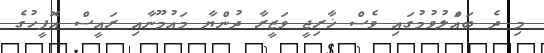
މި ދެ ބައްަލުވުމުގައި ވެސް ޚާރިޖީ ވަޒީރާ ދުންޔާ މައުމޫނާއި ރައީސް އޮފީހުގެ